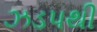
ઝડપથી